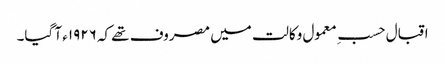
اقبال حسبِ معمول وکالت میں مصروف تھے کہ ١٩٢٦ء آ گیا۔